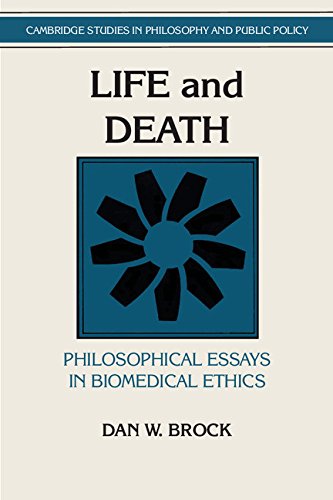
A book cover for Life and Death: Philosophical Essays in Biomedical Ethics (Cambridge Studies in Philosophy and Public Policy); Dan W. Brock; Medical Books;